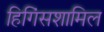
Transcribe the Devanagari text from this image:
हिगिंसशामिल